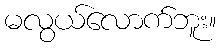
မလွယ်လောက်ဘူး။